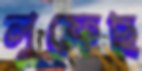
লুফেছ